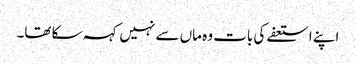
اپنے استعفے کی بات وہ ماں سے نہیں کہہ سکا تھا۔